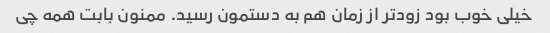
خیلی خوب بود زود‌تر از زمان هم به دستمون رسید. ممنون بابت همه چی